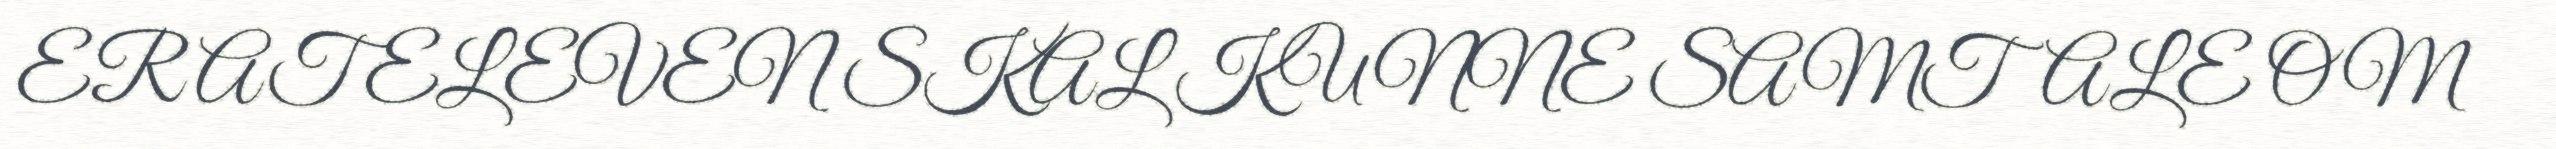
ER AT ELEVEN SKAL KUNNE SAMTALE OM